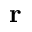
\textbf { r }